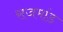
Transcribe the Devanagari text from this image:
राजमांड